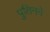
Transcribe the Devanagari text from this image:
पुतिनने